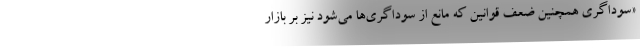
«سوداگری همچنین ضعف قوانین که مانع از سوداگری‌ها می‌شود نیز بر بازار